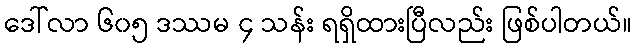
ဒေါ်လာ ၆၀၅ ဒဿမ ၄ သန်း ရရှိထားပြီလည်း ဖြစ်ပါတယ်။